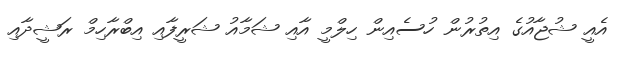
އެއީ ޝުޖާއުގެ އިތުރުން ހުސެއިން ހިލްމީ އާއި ޝަމާއު ޝަރީފާއި އިބްރާހިމް ރަޝީދާއި